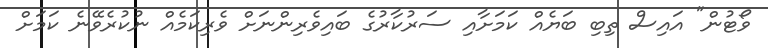
ވޯޓުން" އައިސް ތިބި ބަޔެއް ކަމަށާއި ސަރުކާރުގެ ބައިވެރިންނަށް ވެރިކަމެއް ނުކުރެވޭނެ ކަމަށް